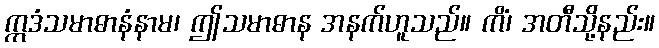
ဣဒံသမာဓာနံနာမ၊ ဤသမာဓာန အနက်ဟူသည်။ ကိံ၊ အတီသို့နည်း။